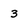
Character: 3